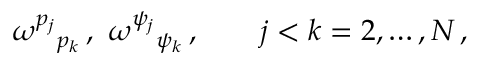
\omega ^ { p _ { j } } { } _ { p _ { k } } \, , ~ \omega ^ { \psi _ { j } } { } _ { \psi _ { k } } \, , \qquad j < k = 2 , \hdots , N \, ,